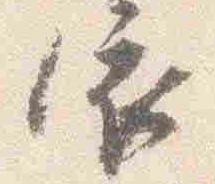
依